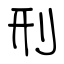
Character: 刑